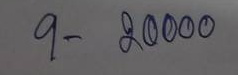
9 - 20000